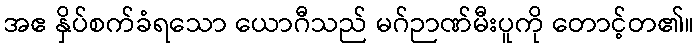
အဧ နှိပ်စက်ခံရသော ယောဂီသည် မဂ်ဉာဏ်မီးပူကို တောင့်တ၏။